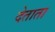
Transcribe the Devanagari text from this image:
देताता